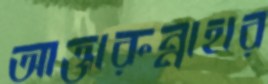
আক্তারুন্নাহার